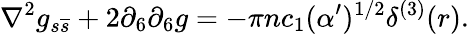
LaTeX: \nabla^{2}g_{s\overline{{{s}}}}+2\partial_{6}\partial_{6}g=-\pi nc_{1}(\alpha^{\prime})^{1/2}\delta^{(3)}(r).